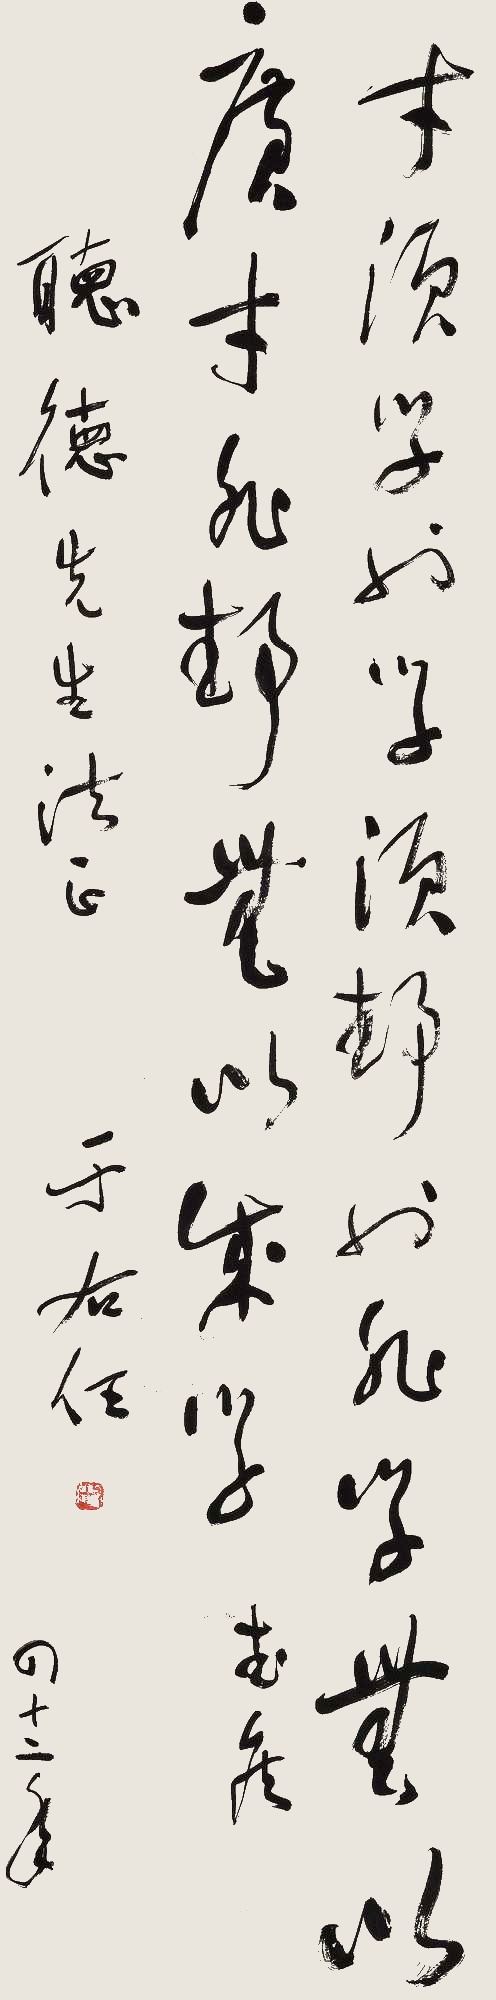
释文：才须学也，学须静也。非学无以广才，非静无以成学。武侯。听德先生法正。于右任，四十二年。